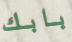
بابك